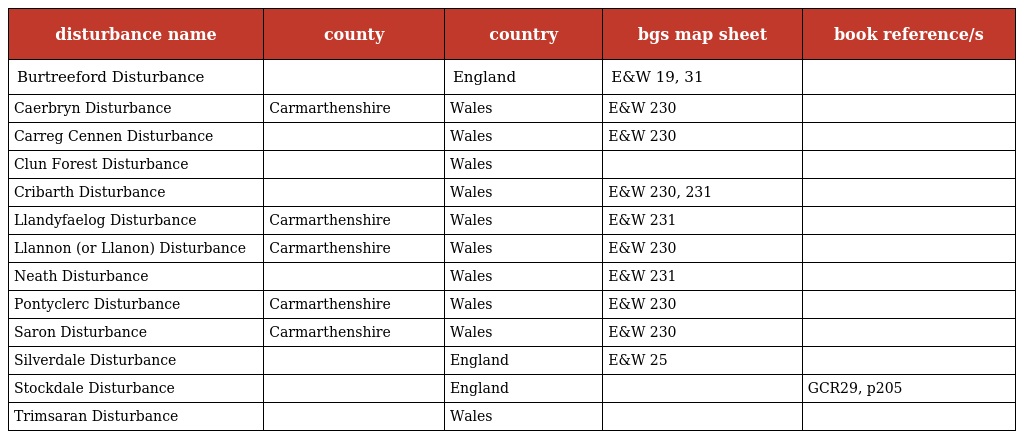
| disturbance name | county | country | bgs map sheet | book reference/s |
 | --- | --- | --- | --- | --- |
 | Burtreeford Disturbance |  | England | E&W 19, 31 |  |
 | Caerbryn Disturbance | Carmarthenshire | Wales | E&W 230 |  |
 | Carreg Cennen Disturbance |  | Wales | E&W 230 |  |
 | Clun Forest Disturbance |  | Wales |  |  |
 | Cribarth Disturbance |  | Wales | E&W 230, 231 |  |
 | Llandyfaelog Disturbance | Carmarthenshire | Wales | E&W 231 |  |
 | Llannon (or Llanon) Disturbance | Carmarthenshire | Wales | E&W 230 |  |
 | Neath Disturbance |  | Wales | E&W 231 |  |
 | Pontyclerc Disturbance | Carmarthenshire | Wales | E&W 230 |  |
 | Saron Disturbance | Carmarthenshire | Wales | E&W 230 |  |
 | Silverdale Disturbance |  | England | E&W 25 |  |
 | Stockdale Disturbance |  | England |  | GCR29, p205 |
 | Trimsaran Disturbance |  | Wales |  |  |